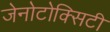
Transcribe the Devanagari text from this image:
जेनोटोक्सिटी